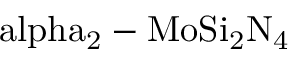
\mathrm { \ a l p h a _ { 2 } - M o S i _ { 2 } N _ { 4 } }